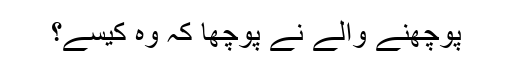
پوچھنے والے نے پوچھا کہ وہ کیسے؟